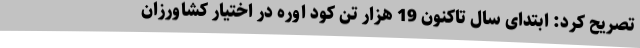
تصریح کرد: ابتدای سال تاکنون 19 هزار تن کود اوره در اختیار کشاورزان